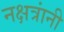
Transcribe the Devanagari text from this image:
नक्षत्रांनी